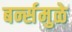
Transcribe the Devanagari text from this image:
बर्न्समुळे